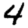
Digit: 4